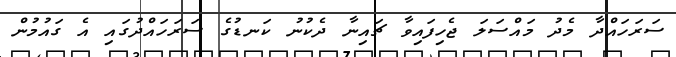
ސަރަހައްދާ މެދު މައްސަލަ ޖެހިފައިވާ ޗައިނާ ދެކުނު ކަނޑުގެ ސަރަހައްދުގައި އެ ގައުމުން